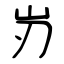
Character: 岃